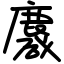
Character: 麙